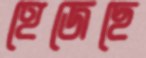
হেজেছে